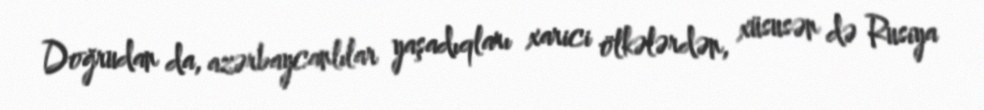
Doğrudan da, azərbaycanlılar yaşadıqları xarici ölkələrdən, xüsusən də Rusiya